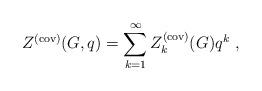
LaTeX: \begin{align*}Z^{(\rm cov)}(G,q) = \sum_{k=1}^{\infty} Z_k^{(\rm cov)}(G) q^k~,\end{align*}